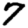
Digit: 7